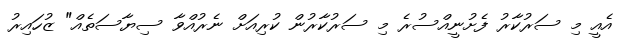
އެއީ މި ސަރުކާރު ފެށުނީއްސުރެ މި ސަރުކާރުން ކުރިއަށް ނެރުއްވާ ސިޔާސަތެއް" ޒުހައިރު